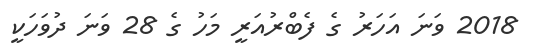
2018 ވަނަ އަހަރު ގެ ފެބްރުއަރީ މަހު ގެ 28 ވަނަ ދުވަހަކީ